Report on malaria in the Punjab during the year ...  together with an account of the work of the Punjab Malaria Bureau - Volume 5
Disease focus: Malaria
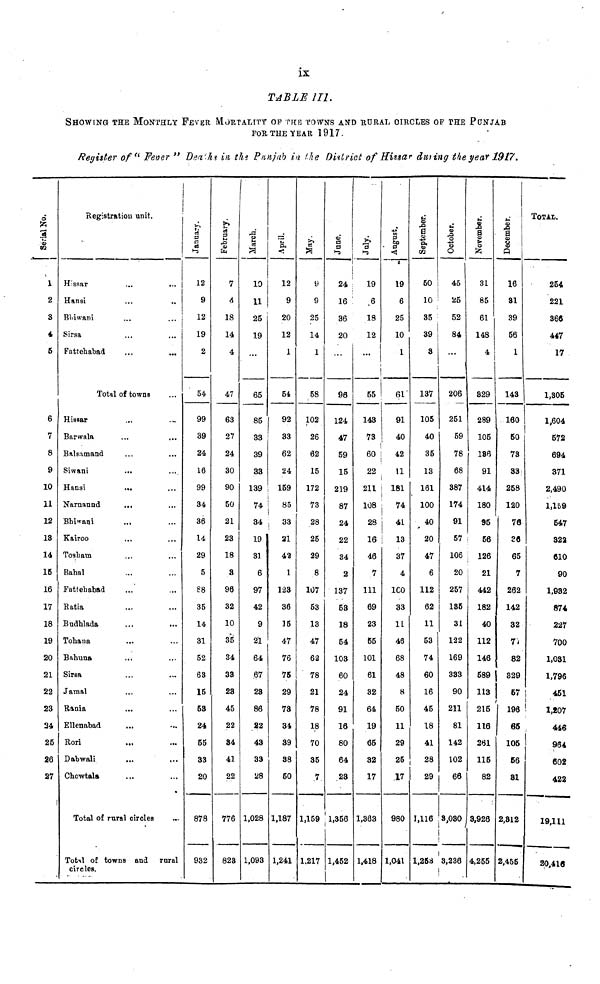
ix
TABLE III.
SHOWING THE MONTHLY FEVER MORTALITY OF THE TOWNS AND RURAL CIRCLES OF THE PUNJAB
FOR THE YEAR 1917-
Register of" Fever " Deaths in the Punjab in the District of Hissar during the year 1917.
Serial No.
1
2
3
4
5
6
7
8
9
10
11
12
13
14
15
16
17
18
19
20
21
22
23
24
25
26
27
Registration unit.
Hissar
Hansi
Bhiwani
Sirsa
Fattehabad
...
...
...
...
Total of towns
Hissar
Barwala
Balsamand
Siwani
Hansi
Narnannd
Bhiwani
Kairoo
Tosham
Bahal
Fattehabad
Ratia
Budhlada
Tohana
Bahuna
Sirsa
.Jamal
Rania
Ellenabad
Rori
Dabwali
Chowtala
...
...
...
...
...
...
...
...
...
...
...
...
...
...
...
...
...
Total of rural circles
...
...
...
...
...
...
...
...
...
...
...
...
...
Total of towns and rural
circles.
12
9
12
19
2
54
99
39
24
16
99
34
36
14
29
5
88
35
14
31
52
63
15
53
24
55
33
20
878
932
February.
7
4
18
14
4
47
63
27
24
30
90
50
21
23
18
3
96
32
10
35
34
33
23
45
22
34
41
22
776
823
March.
10
11
25
19
65
85
33
39
33
139
74
34
19
31
6
97
42
9
21
64
.67
23
86
22
43
33
28
1,028
1,093
April.
12
9
20
12
1
54
92
33
62
24
159
85
33
21
42
1
123
36
15
47
76
75
29
73
34
39
38
50
1,187
1,241
May.
9
9
25
14
1
58
102
26
62
15
172
73
28
25
29
8
107
53
13
47
62
78
21
78
18
70
35
7
1,159
1,217
June.
24
16
36
20
96
124
47
59
15
219
87
24
22
34
2
137
53
18
54
103
60
24
91
16
80
64
23
1,356
1,452
July.
19
.6
18
12
55
143
73
60
22
211
108
28
16
46
7
111
69
23
55
101
61
32
64
19
65
32
17
1,363
1,418
August.
19
6
25
10
1
61
91
40
42
11
181
74
41
13
37
4
100
33
11
46
68
48
8
50
11
29
25
17
980
1,041
September.
50
10
35
39
3
137
105
40
35
13
161
100
20
47
6
112
62
11
53
74
60
16
45
18
41
28
29
1,116
1,253
October.
45
25
52
84
...
206
251
59
78
68
387
174
91
57
106
20
257
135
31
122
169
333
90
211
81
142
102
66
3,030
3,236
November.
31
85
61
148
4
829
289
105
186
91
414
180
95
56
126
21
442
182
40
112
146
589
113
215
116
261
115
82
3,926
4,255
December.
16
81
39
56
1
143
160
50
73
33
258
120
76
36
65
7
262
142
32
77
82
329
57
196
65
105
56
81
2,812
2,455
TOTAL.
254
221
366
447
17
1,305
1,604
572
694
371
2,490
1,159
547
322
610
90
1,982
874
227
700
1,031
1,796
451
1,207
446
964
602
422
19,111
30,416